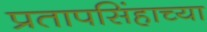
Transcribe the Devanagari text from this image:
प्रतापसिंहाच्या